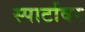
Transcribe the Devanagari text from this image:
स्पार्टावर